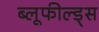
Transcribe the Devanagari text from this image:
ब्लूफील्ड्स